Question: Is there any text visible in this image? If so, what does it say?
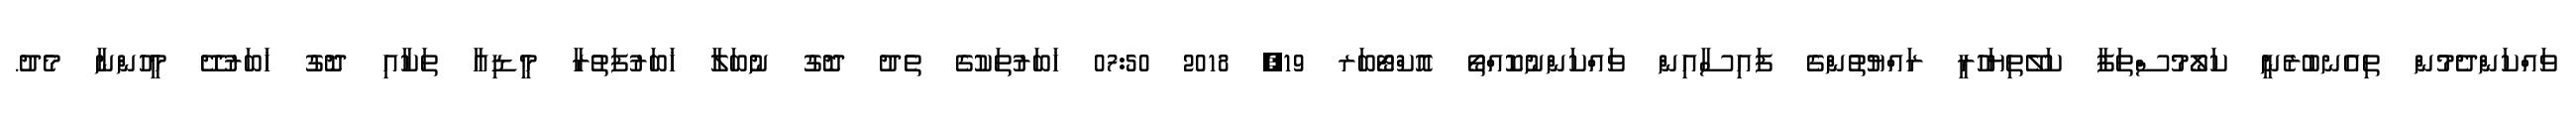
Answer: ވައްކަންދެމުން ތިއެނބުރެނީ ކަލޯމުސްތަފާ ކަލޭތިޔަހުރީ ރައްޔުތުންގެ ފައިސާއިން ވައްކަންނުކޮއްތޯ އޮކްޓޯބަރ 19, 2018 07:50 ޚަބަރުތަކުގެ ތެދު ދޮގު ނުބަލާ ޚަބަރުފަތުރާ މީޑިއާ ތަކާއި ދޮގު ޚަބަރުދޭ މީހުންނާ މެދު.